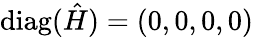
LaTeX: \mathrm{diag}(\hat{H})=(0,0,0,0)